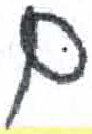
אות: ם